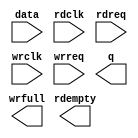
// megafunction wizard: %FIFO%VBB%
// GENERATION: STANDARD
// VERSION: WM1.0
// MODULE: dcfifo 

// ============================================================
// Megafunction Name(s):
// 			dcfifo
//
// Simulation Library Files(s):
// 			altera_mf
// ============================================================
// ************************************************************
// THIS IS A WIZARD-GENERATED FILE. DO NOT EDIT THIS FILE!
//
// 15.1.2 Build 193 02/01/2016 SJ Lite Edition
// ************************************************************

//Copyright (C) 1991-2016 Altera Corporation. All rights reserved.
//Your use of Altera Corporation's design tools, logic functions 
//and other software and tools, and its AMPP partner logic 
//functions, and any output files from any of the foregoing 
//(including device programming or simulation files), and any 
//associated documentation or information are expressly subject 
//to the terms and conditions of the Altera Program License 
//Subscription Agreement, the Altera Quartus Prime License Agreement,
//the Altera MegaCore Function License Agreement, or other 
//applicable license agreement, including, without limitation, 
//that your use is for the sole purpose of programming logic 
//devices manufactured by Altera and sold by Altera or its 
//authorized distributors.  Please refer to the applicable 
//agreement for further details.

module uart_fifo (
	data,
	rdclk,
	rdreq,
	wrclk,
	wrreq,
	q,
	rdempty,
	wrfull);

	input	[7:0]  data;
	input	  rdclk;
	input	  rdreq;
	input	  wrclk;
	input	  wrreq;
	output	[7:0]  q;
	output	  rdempty;
	output	  wrfull;

endmodule

// ============================================================
// CNX file retrieval info
// ============================================================
// Retrieval info: PRIVATE: AlmostEmpty NUMERIC "0"
// Retrieval info: PRIVATE: AlmostEmptyThr NUMERIC "-1"
// Retrieval info: PRIVATE: AlmostFull NUMERIC "0"
// Retrieval info: PRIVATE: AlmostFullThr NUMERIC "-1"
// Retrieval info: PRIVATE: CLOCKS_ARE_SYNCHRONIZED NUMERIC "0"
// Retrieval info: PRIVATE: Clock NUMERIC "4"
// Retrieval info: PRIVATE: Depth NUMERIC "256"
// Retrieval info: PRIVATE: Empty NUMERIC "1"
// Retrieval info: PRIVATE: Full NUMERIC "1"
// Retrieval info: PRIVATE: INTENDED_DEVICE_FAMILY STRING "Cyclone IV E"
// Retrieval info: PRIVATE: LE_BasedFIFO NUMERIC "0"
// Retrieval info: PRIVATE: LegacyRREQ NUMERIC "1"
// Retrieval info: PRIVATE: MAX_DEPTH_BY_9 NUMERIC "0"
// Retrieval info: PRIVATE: OVERFLOW_CHECKING NUMERIC "0"
// Retrieval info: PRIVATE: Optimize NUMERIC "0"
// Retrieval info: PRIVATE: RAM_BLOCK_TYPE NUMERIC "0"
// Retrieval info: PRIVATE: SYNTH_WRAPPER_GEN_POSTFIX STRING "0"
// Retrieval info: PRIVATE: UNDERFLOW_CHECKING NUMERIC "0"
// Retrieval info: PRIVATE: UsedW NUMERIC "1"
// Retrieval info: PRIVATE: Width NUMERIC "8"
// Retrieval info: PRIVATE: dc_aclr NUMERIC "0"
// Retrieval info: PRIVATE: diff_widths NUMERIC "0"
// Retrieval info: PRIVATE: msb_usedw NUMERIC "0"
// Retrieval info: PRIVATE: output_width NUMERIC "8"
// Retrieval info: PRIVATE: rsEmpty NUMERIC "1"
// Retrieval info: PRIVATE: rsFull NUMERIC "0"
// Retrieval info: PRIVATE: rsUsedW NUMERIC "0"
// Retrieval info: PRIVATE: sc_aclr NUMERIC "0"
// Retrieval info: PRIVATE: sc_sclr NUMERIC "0"
// Retrieval info: PRIVATE: wsEmpty NUMERIC "0"
// Retrieval info: PRIVATE: wsFull NUMERIC "1"
// Retrieval info: PRIVATE: wsUsedW NUMERIC "0"
// Retrieval info: LIBRARY: altera_mf altera_mf.altera_mf_components.all
// Retrieval info: CONSTANT: INTENDED_DEVICE_FAMILY STRING "Cyclone IV E"
// Retrieval info: CONSTANT: LPM_NUMWORDS NUMERIC "256"
// Retrieval info: CONSTANT: LPM_SHOWAHEAD STRING "OFF"
// Retrieval info: CONSTANT: LPM_TYPE STRING "dcfifo"
// Retrieval info: CONSTANT: LPM_WIDTH NUMERIC "8"
// Retrieval info: CONSTANT: LPM_WIDTHU NUMERIC "8"
// Retrieval info: CONSTANT: OVERFLOW_CHECKING STRING "ON"
// Retrieval info: CONSTANT: RDSYNC_DELAYPIPE NUMERIC "4"
// Retrieval info: CONSTANT: UNDERFLOW_CHECKING STRING "ON"
// Retrieval info: CONSTANT: USE_EAB STRING "ON"
// Retrieval info: CONSTANT: WRSYNC_DELAYPIPE NUMERIC "4"
// Retrieval info: USED_PORT: data 0 0 8 0 INPUT NODEFVAL "data[7..0]"
// Retrieval info: USED_PORT: q 0 0 8 0 OUTPUT NODEFVAL "q[7..0]"
// Retrieval info: USED_PORT: rdclk 0 0 0 0 INPUT NODEFVAL "rdclk"
// Retrieval info: USED_PORT: rdempty 0 0 0 0 OUTPUT NODEFVAL "rdempty"
// Retrieval info: USED_PORT: rdreq 0 0 0 0 INPUT NODEFVAL "rdreq"
// Retrieval info: USED_PORT: wrclk 0 0 0 0 INPUT NODEFVAL "wrclk"
// Retrieval info: USED_PORT: wrfull 0 0 0 0 OUTPUT NODEFVAL "wrfull"
// Retrieval info: USED_PORT: wrreq 0 0 0 0 INPUT NODEFVAL "wrreq"
// Retrieval info: CONNECT: @data 0 0 8 0 data 0 0 8 0
// Retrieval info: CONNECT: @rdclk 0 0 0 0 rdclk 0 0 0 0
// Retrieval info: CONNECT: @rdreq 0 0 0 0 rdreq 0 0 0 0
// Retrieval info: CONNECT: @wrclk 0 0 0 0 wrclk 0 0 0 0
// Retrieval info: CONNECT: @wrreq 0 0 0 0 wrreq 0 0 0 0
// Retrieval info: CONNECT: q 0 0 8 0 @q 0 0 8 0
// Retrieval info: CONNECT: rdempty 0 0 0 0 @rdempty 0 0 0 0
// Retrieval info: CONNECT: wrfull 0 0 0 0 @wrfull 0 0 0 0
// Retrieval info: GEN_FILE: TYPE_NORMAL uart_fifo.v TRUE
// Retrieval info: GEN_FILE: TYPE_NORMAL uart_fifo.inc FALSE
// Retrieval info: GEN_FILE: TYPE_NORMAL uart_fifo.cmp FALSE
// Retrieval info: GEN_FILE: TYPE_NORMAL uart_fifo.bsf FALSE
// Retrieval info: GEN_FILE: TYPE_NORMAL uart_fifo_inst.v FALSE
// Retrieval info: GEN_FILE: TYPE_NORMAL uart_fifo_bb.v TRUE
// Retrieval info: LIB_FILE: altera_mf